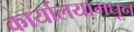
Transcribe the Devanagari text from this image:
कार्यालयामधून